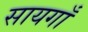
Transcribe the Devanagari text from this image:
सायगाँ